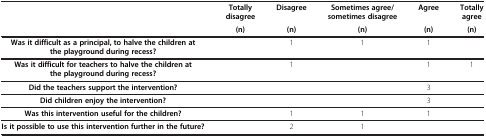
<table><thead><tr><td><b> </b></td><td><b>Totally disagree</b></td><td><b>Disagree</b></td><td><b>Sometimes agree/sometimes disagree</b></td><td><b>Agree</b></td><td><b>Totally agree</b></td></tr><tr><td><b> </b></td><td><b>(n)</b></td><td><b>(n)</b></td><td><b>(n)</b></td><td><b>(n)</b></td><td><b>(n)</b></td></tr></thead><tbody><tr><td><b>Was it difficult as a principal, to halve the children at the playground during recess?</b></td><td> </td><td>1</td><td>1</td><td>1</td><td> </td></tr><tr><td><b>Was it difficult for teachers to halve the children at the playground during recess?</b></td><td> </td><td>1</td><td> </td><td>1</td><td>1</td></tr><tr><td><b>Did the teachers support the intervention?</b></td><td> </td><td> </td><td> </td><td>3</td><td> </td></tr><tr><td><b>Did children enjoy the intervention?</b></td><td> </td><td> </td><td> </td><td>3</td><td> </td></tr><tr><td><b>Was this intervention useful for the children?</b></td><td> </td><td>1</td><td>1</td><td>1</td><td> </td></tr><tr><td><b>Is it possible to use this intervention further in the future?</b></td><td> </td><td>2</td><td>1</td><td> </td><td> </td></tr></tbody></table>